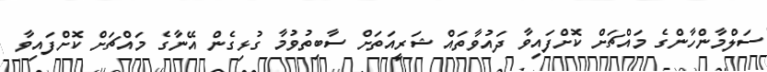
ސަލްމާންހާންގެ މައްޗަށް ކޮށްފައިވާ ދައުވާތައް ޝަރީއަތަށް ސާބިތުވުމާ ގުޅިގެން އޭނާގެ މައްޗަށް ކޮށްފައިވާ